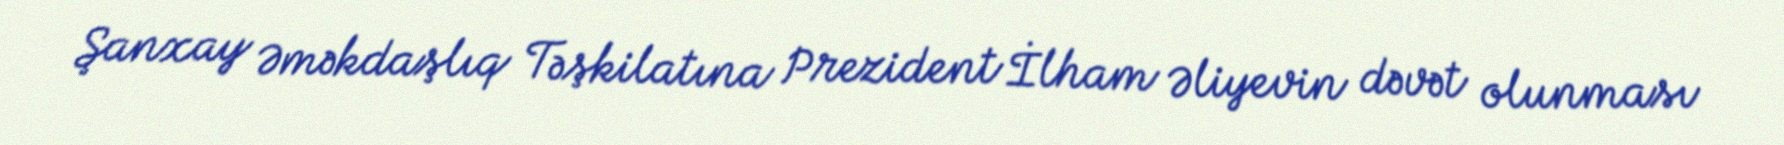
Şanxay Əməkdaşlıq Təşkilatına Prezident İlham Əliyevin dəvət olunması